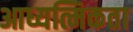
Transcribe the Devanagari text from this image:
आध्यत्मिकता